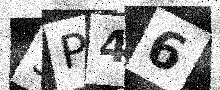
Text: 3P46